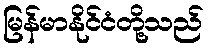
မြန်မာနိုင်ငံတို့သည်